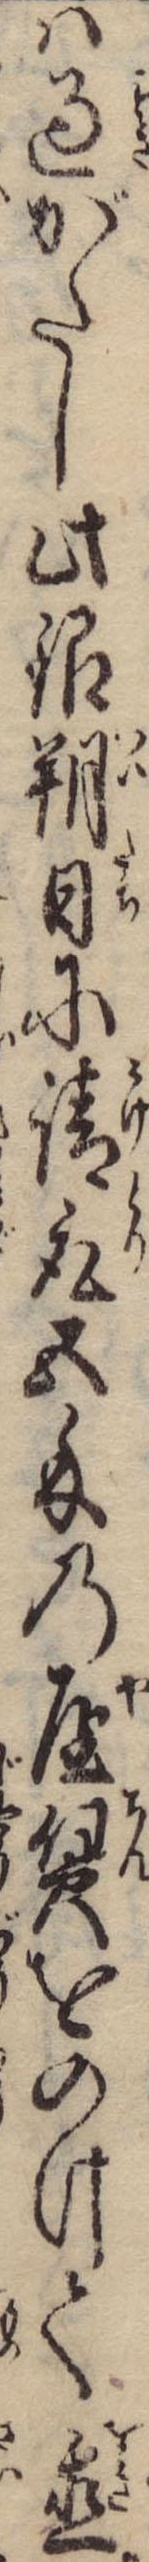
は過がたし此銀朔日に請取五匁の屋賃をのけて置